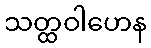
သတ္ထဝါဟေန